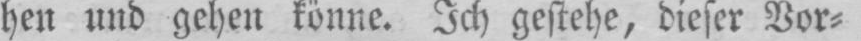
hen und gehen könne. Ich gestehe, dieser Vor⸗